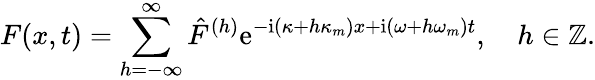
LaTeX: F(x,t)=\sum_{h=-\infty}^{\infty}\hat{F}^{(h)}\mathrm{e}^{-\mathrm{i}(\kappa+h\kappa_{m})x+\mathrm{i}(\omega+h\omega_{m})t},\quad h\in\mathbb{Z}.